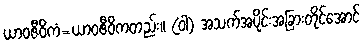
ယာဝဇီဝိကံ=ယာဝဇီဝိကတည်း။ (ဝါ) အသက်အပိုင်းအခြားတိုင်အောင်